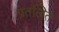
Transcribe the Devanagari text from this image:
प्रतलित